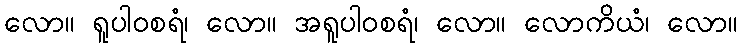
လော။ ရူပါဝစရံ၊ လော။ အရူပါဝစရံ၊ လော။ လောကိယံ၊ လော။